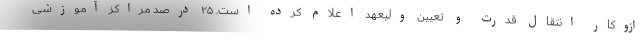
ازوکار انتقال قدرت و تعیین ولیعهد اعلام کرده است. ۲۵ درصد مراکز آموزشی